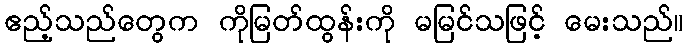
ဧည့်သည်တွေက ကိုမြတ်ထွန်းကို မမြင်သဖြင့် မေးသည်။